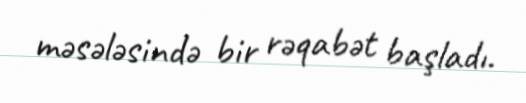
məsələsində bir rəqabət başladı.